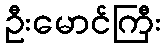
ဦးမောင်ကြီး